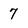
Character: 7